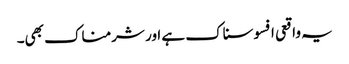
یہ واقعی افسوسناک ہے اور شرمناک بھی۔